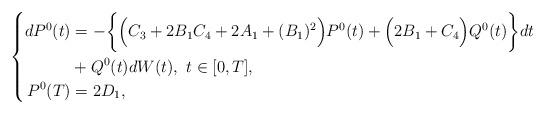
LaTeX: \begin{align*}\left\{\begin{aligned}d P^0(t)&=-\bigg\{\Big(C_3+2B_1C_4+2A_1+(B_1)^2\Big)P^0(t)+\Big(2B_1+C_4\Big)Q^0(t)\bigg\}dt\\ &+Q^0(t)dW(t),\ t\in[0,T],\\P^0(T)&= 2D_1,\end{aligned}\right.\end{align*}